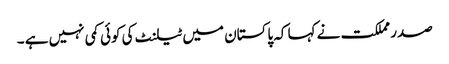
صدر مملکت نے کہا کہ پاکستان میں ٹیلنٹ کی کوئی کمی نہیں ہے ۔